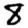
Digit: 8